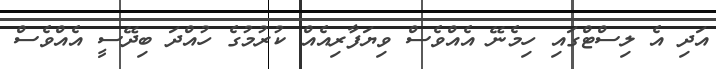
އަދި އެ ލިސްޓްގައި ހިމެނޭ އެއްވެސް ވިޔަފާރިއެއް ކުރުމުގެ ހުއްދަ ބިދޭސީ އެއްވެސް